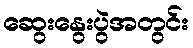
ဆွေးနွေးပွဲအတွင်း